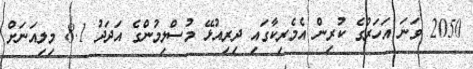
2050 ވަނަ އަހަރުގެ ކުރިން އެމެރިކާގައި ދިރިއުޅޭ މުސްލިމުންގެ އަދަދު 8.1 މިލިއަނަށް